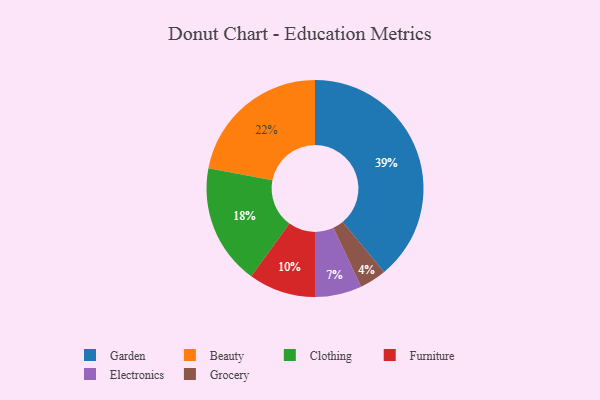
{"axis": {"x": "Category", "y": "Percentage"}, "legend": ["Beauty", "Clothing", "Electronics", "Furniture", "Garden", "Grocery"], "data": [{"x": "Clothing", "y": 18, "type": "Clothing"}, {"x": "Electronics", "y": 7, "type": "Electronics"}, {"x": "Garden", "y": 39, "type": "Garden"}, {"x": "Furniture", "y": 10, "type": "Furniture"}, {"x": "Beauty", "y": 22, "type": "Beauty"}, {"x": "Grocery", "y": 4, "type": "Grocery"}]}